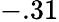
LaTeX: -.31